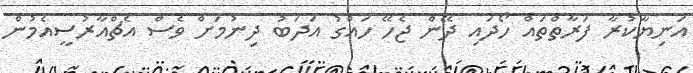
އަނިޔާކުރާ ފަރާތްތައް ހޯދައި ދޭން ޖެހޭ ހައްގު އަދަބު ދިނުމަށް ވެސް އެޗްއާރުސީއެމުން